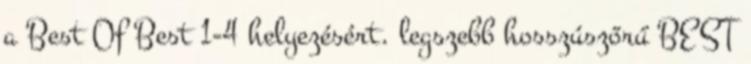
a Best Of Best 1-4 helyezésért. legszebb hosszúszőrű BEST